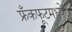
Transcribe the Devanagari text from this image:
फ्रँकफूटमध्ये